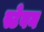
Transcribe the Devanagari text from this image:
स्टेवन